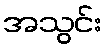
အသွင်း